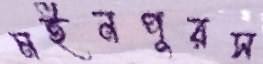
মইনপুরস